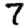
Digit: 7